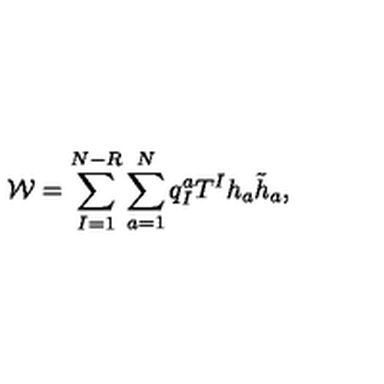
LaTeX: { \cal W } = \sum _ { I = 1 } ^ { N - R } \sum _ { a = 1 } ^ { N } q _ { I } ^ { a } T ^ { I } h _ { a } \tilde { h } _ { a } ,